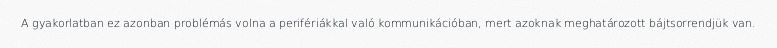
A gyakorlatban ez azonban problémás volna a perifériákkal való kommunikációban, mert azoknak meghatározott bájtsorrendjük van.